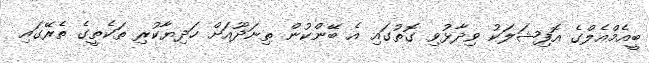
ބީއެމްއެލްގެ އޮފިޝަލަކު ވިދާޅުވި ގޮތުގައި އެ ބޭންކުން ތިނަދޫއަށް ހަދިޔާކުރި ތަކެތީގެ ތެރޭގައި